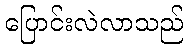
ပြောင်းလဲလာသည်